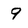
Character: 9